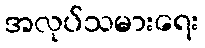
အလုပ်သမားရေး